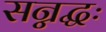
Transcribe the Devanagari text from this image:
सन्नद्धः